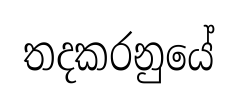
තදකරනුයේ